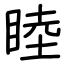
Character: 睦